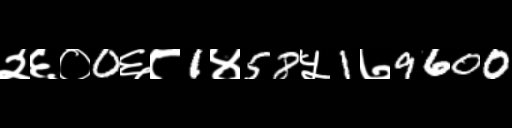
Text: २६०0६८1४58५1७9600